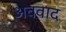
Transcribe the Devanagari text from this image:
अववाद